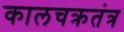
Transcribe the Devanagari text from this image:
कालचक्रतंत्र